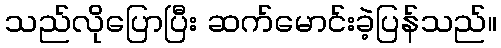
သည်လိုပြောပြီး ဆက်မောင်းခဲ့ပြန်သည်။